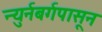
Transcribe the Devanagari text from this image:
न्युर्नबर्गपासून